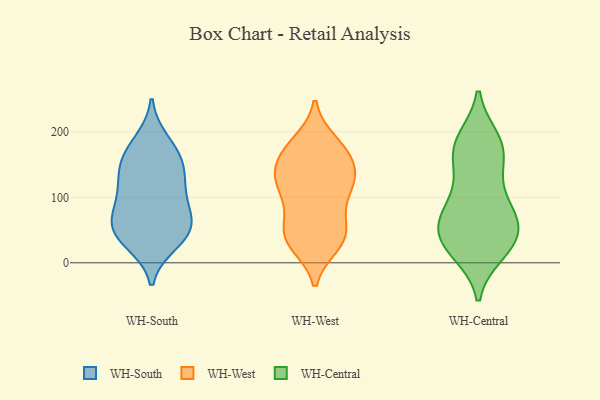
{"axis": {"x": "Revenue (USD Million)", "y": "Value"}, "legend": ["WH-Central", "WH-South", "WH-West"], "data": [{"x": "", "y": 103, "type": "WH-South"}, {"x": "", "y": 162, "type": "WH-South"}, {"x": "", "y": 161, "type": "WH-South"}, {"x": "", "y": 184, "type": "WH-South"}, {"x": "", "y": 44, "type": "WH-South"}, {"x": "", "y": 57, "type": "WH-South"}, {"x": "", "y": 56, "type": "WH-South"}, {"x": "", "y": 75, "type": "WH-South"}, {"x": "", "y": 46, "type": "WH-South"}, {"x": "", "y": 101, "type": "WH-South"}, {"x": "", "y": 131, "type": "WH-South"}, {"x": "", "y": 32, "type": "WH-South"}, {"x": "", "y": 139, "type": "WH-South"}, {"x": "", "y": 184, "type": "WH-West"}, {"x": "", "y": 42, "type": "WH-West"}, {"x": "", "y": 181, "type": "WH-West"}, {"x": "", "y": 166, "type": "WH-West"}, {"x": "", "y": 122, "type": "WH-West"}, {"x": "", "y": 29, "type": "WH-West"}, {"x": "", "y": 70, "type": "WH-West"}, {"x": "", "y": 34, "type": "WH-West"}, {"x": "", "y": 126, "type": "WH-West"}, {"x": "", "y": 128, "type": "WH-West"}, {"x": "", "y": 161, "type": "WH-West"}, {"x": "", "y": 171, "type": "WH-West"}, {"x": "", "y": 112, "type": "WH-West"}, {"x": "", "y": 143, "type": "WH-West"}, {"x": "", "y": 28, "type": "WH-West"}, {"x": "", "y": 44, "type": "WH-West"}, {"x": "", "y": 137, "type": "WH-West"}, {"x": "", "y": 111, "type": "WH-West"}, {"x": "", "y": 86, "type": "WH-West"}, {"x": "", "y": 51, "type": "WH-West"}, {"x": "", "y": 64, "type": "WH-Central"}, {"x": "", "y": 161, "type": "WH-Central"}, {"x": "", "y": 81, "type": "WH-Central"}, {"x": "", "y": 23, "type": "WH-Central"}, {"x": "", "y": 41, "type": "WH-Central"}, {"x": "", "y": 46, "type": "WH-Central"}, {"x": "", "y": 16, "type": "WH-Central"}, {"x": "", "y": 189, "type": "WH-Central"}, {"x": "", "y": 172, "type": "WH-Central"}, {"x": "", "y": 15, "type": "WH-Central"}, {"x": "", "y": 69, "type": "WH-Central"}, {"x": "", "y": 133, "type": "WH-Central"}, {"x": "", "y": 44, "type": "WH-Central"}, {"x": "", "y": 153, "type": "WH-Central"}, {"x": "", "y": 29, "type": "WH-Central"}, {"x": "", "y": 65, "type": "WH-Central"}, {"x": "", "y": 101, "type": "WH-Central"}, {"x": "", "y": 184, "type": "WH-Central"}, {"x": "", "y": 87, "type": "WH-Central"}, {"x": "", "y": 189, "type": "WH-Central"}]}